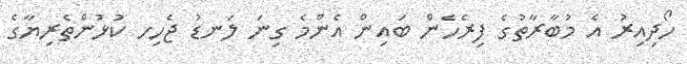
ހޯދިއިރު އެ މުބާރާތުގެ ފިރެހެން ބައިން އެންމެ ގިނަ ލަނޑު ޖެހިހ ކުޅުންތެރިޔާގެ